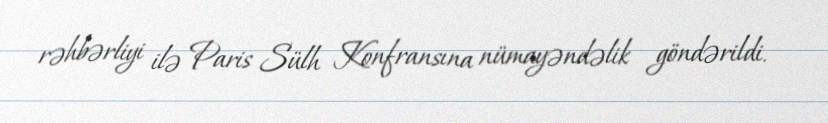
rəhbərliyi ilə Paris Sülh Konfransına nümayəndəlik göndərildi.